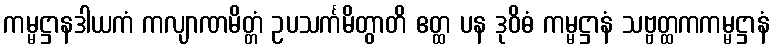
ကမ္မဋ္ဌာနဒါယကံ ကလျာဏမိတ္တံ ဥပသင်္ကမိတွာတိ ဧတ္ထ ပန ဒုဝိဓံ ကမ္မဋ္ဌာနံ သဗ္ဗတ္ထကကမ္မဋ္ဌာနံ